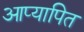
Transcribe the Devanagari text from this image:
आप्यापित